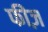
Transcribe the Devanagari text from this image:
फीज़